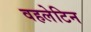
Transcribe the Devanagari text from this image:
वहलेटिन